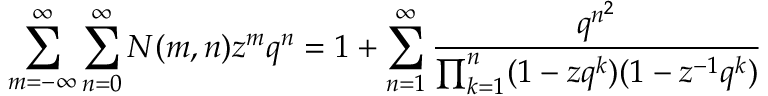
\sum _ { m = - \infty } ^ { \infty } \sum _ { n = 0 } ^ { \infty } N ( m , n ) z ^ { m } q ^ { n } = 1 + \sum _ { n = 1 } ^ { \infty } { \frac { q ^ { n ^ { 2 } } } { \prod _ { k = 1 } ^ { n } ( 1 - z q ^ { k } ) ( 1 - z ^ { - 1 } q ^ { k } ) } }